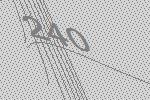
240